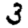
Digit: 3